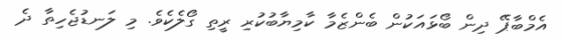
އެމްބާޕޭ ދިން ބޯޅައަކުން ބެންޒެމާ ކާމިޔާބުކުރި ރީތި ގޯލެކެވެ. މި ލަނޑުޖެހިތާ ދެ